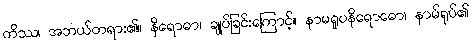
ကိဿ၊ အဘယ်တရား၏။ နိရောဓာ၊ ချုပ်ခြင်းကြောင့်။ နာမရူပနိရောဓော၊ နာမ်ရုပ်၏